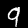
Digit: 9